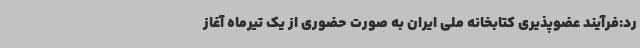
رد:فرآیند عضوپذیری کتابخانه ملی ایران به صورت حضوری از یک تیرماه آغاز